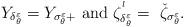
LaTeX: \begin{align*} Y_{\delta^{\varepsilon}_{\theta}}=Y_{\sigma^{\varepsilon}_\theta+} \,\,{\rm and}\,\, \zeta^{^l}_{\delta^{\varepsilon}_{\theta}}= \,\,\check{\zeta }_{\sigma^{\varepsilon}_\theta}. \end{align*}